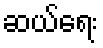
ဆယ်ရေး